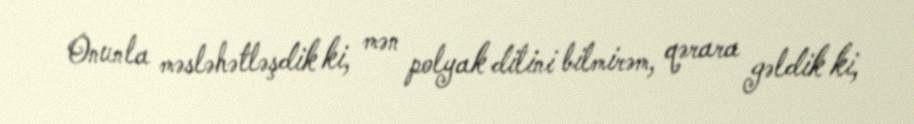
Onunla məsləhətləşdik ki, mən polyak dilini bilmirəm, qərara gəldik ki,